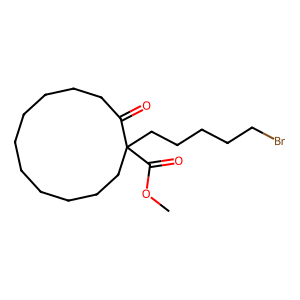
SMILES: COC(=O)C1(CCCCCBr)CCCCCCCCCCC1=O
Inhibits HIV replication: No